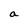
Character: a